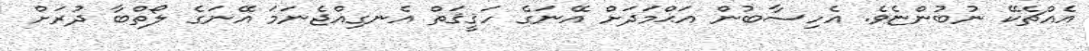
އެއްޗެކޭ ނުބުންޏެވެ. އެހިސާބުން އަޙްމަދަށް އޭނަގެ ހަޤީޤަތް އެނގިއްޖެނަމަ އޭނަގެ ލޯތްބާ ދުރަށް